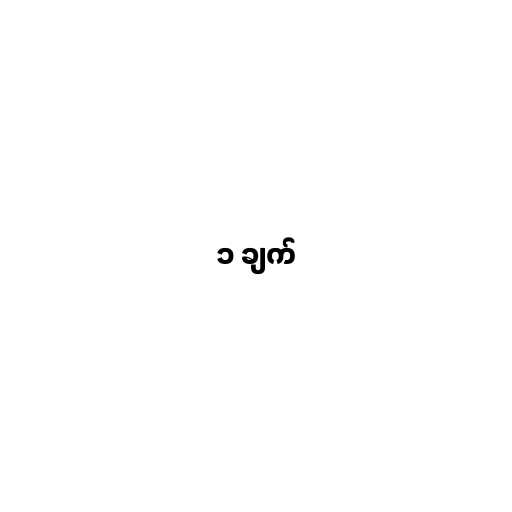
၁ ချက်